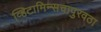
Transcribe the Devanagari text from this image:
व्हिटामिन्सचापुरवठा